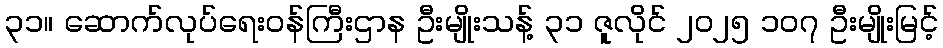
၃၁။ ဆောက်လုပ်ရေးဝန်ကြီးဌာန ဦးမျိုးသန့် ၃၁ ဇူလိုင် ၂၀၂၅ ၁၀၇ ဦးမျိုးမြင့်